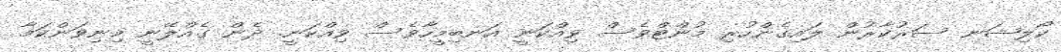
ކޯލިޝަނ ސަރުކާރުން ލައިގެންހުރި މުންޓްވެސް ވިއްކަނީ އަނބިމީހާވެސް ވިއްކަނީ. ދެން ގެއްލޭނީ މިނިވަންކަމާ